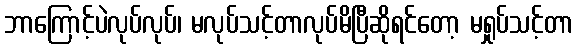
ဘာကြောင့်ပဲလုပ်လုပ်၊ မလုပ်သင့်တာလုပ်မိပြီဆိုရင်တော့ မရှုပ်သင့်တာ